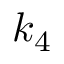
k _ { 4 }